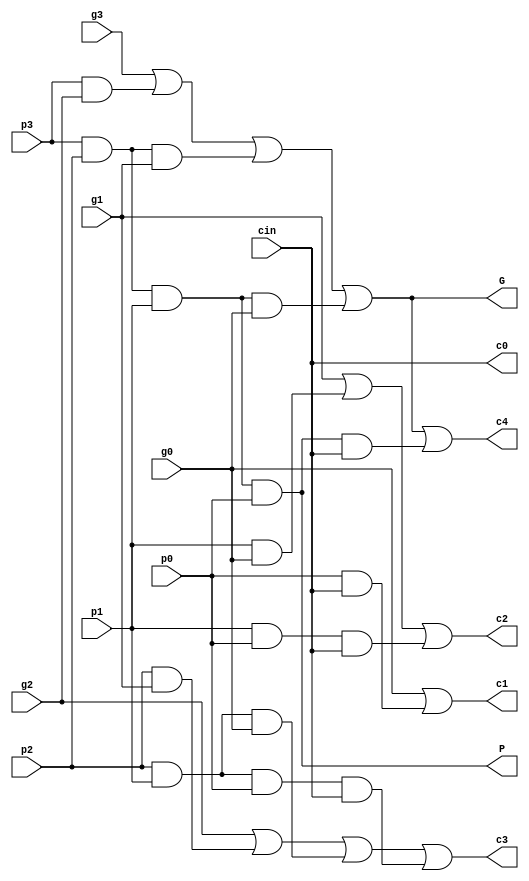
`timescale 1ns / 1ps

module CLA (g0, p0, g1, p1, g2, p2, g3, p3, cin, c0, c1, c2, c3, c4, G, P);
input g0, p0, g1, p1, g2, p2, g3, p3, cin;
output c0, c1, c2, c3, c4, G, P;

assign c0 = cin;
assign c1 = g0 | (p0 & c0);
assign c2 = g1 | (p1 & g0) | (p1 & p0 & c0);
assign c3 = g2 | (p2 & g1) | (p2 & p1 & g0) | (p2 & p1 & p0 & c0);
assign c4 = g3 | (p3 & g2) | (p3 & p2 & g1) | (p3 & p2 & p1 & g0) | (p3 & p2 & p1 & p0 & c0);
assign G = g3 | (p3 & g2) | (p3 & p2 & g1) | (p3 & p2 & p1 & g0);
assign P = p3 & p2 & p1 & p0;

endmodule